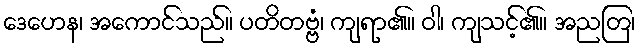
ဒေဟေန၊ အကောင်သည်။ ပတိတဗ္ဗံ၊ ကျရာ၏။ ဝါ၊ ကျသင့်၏။ အညတြ၊